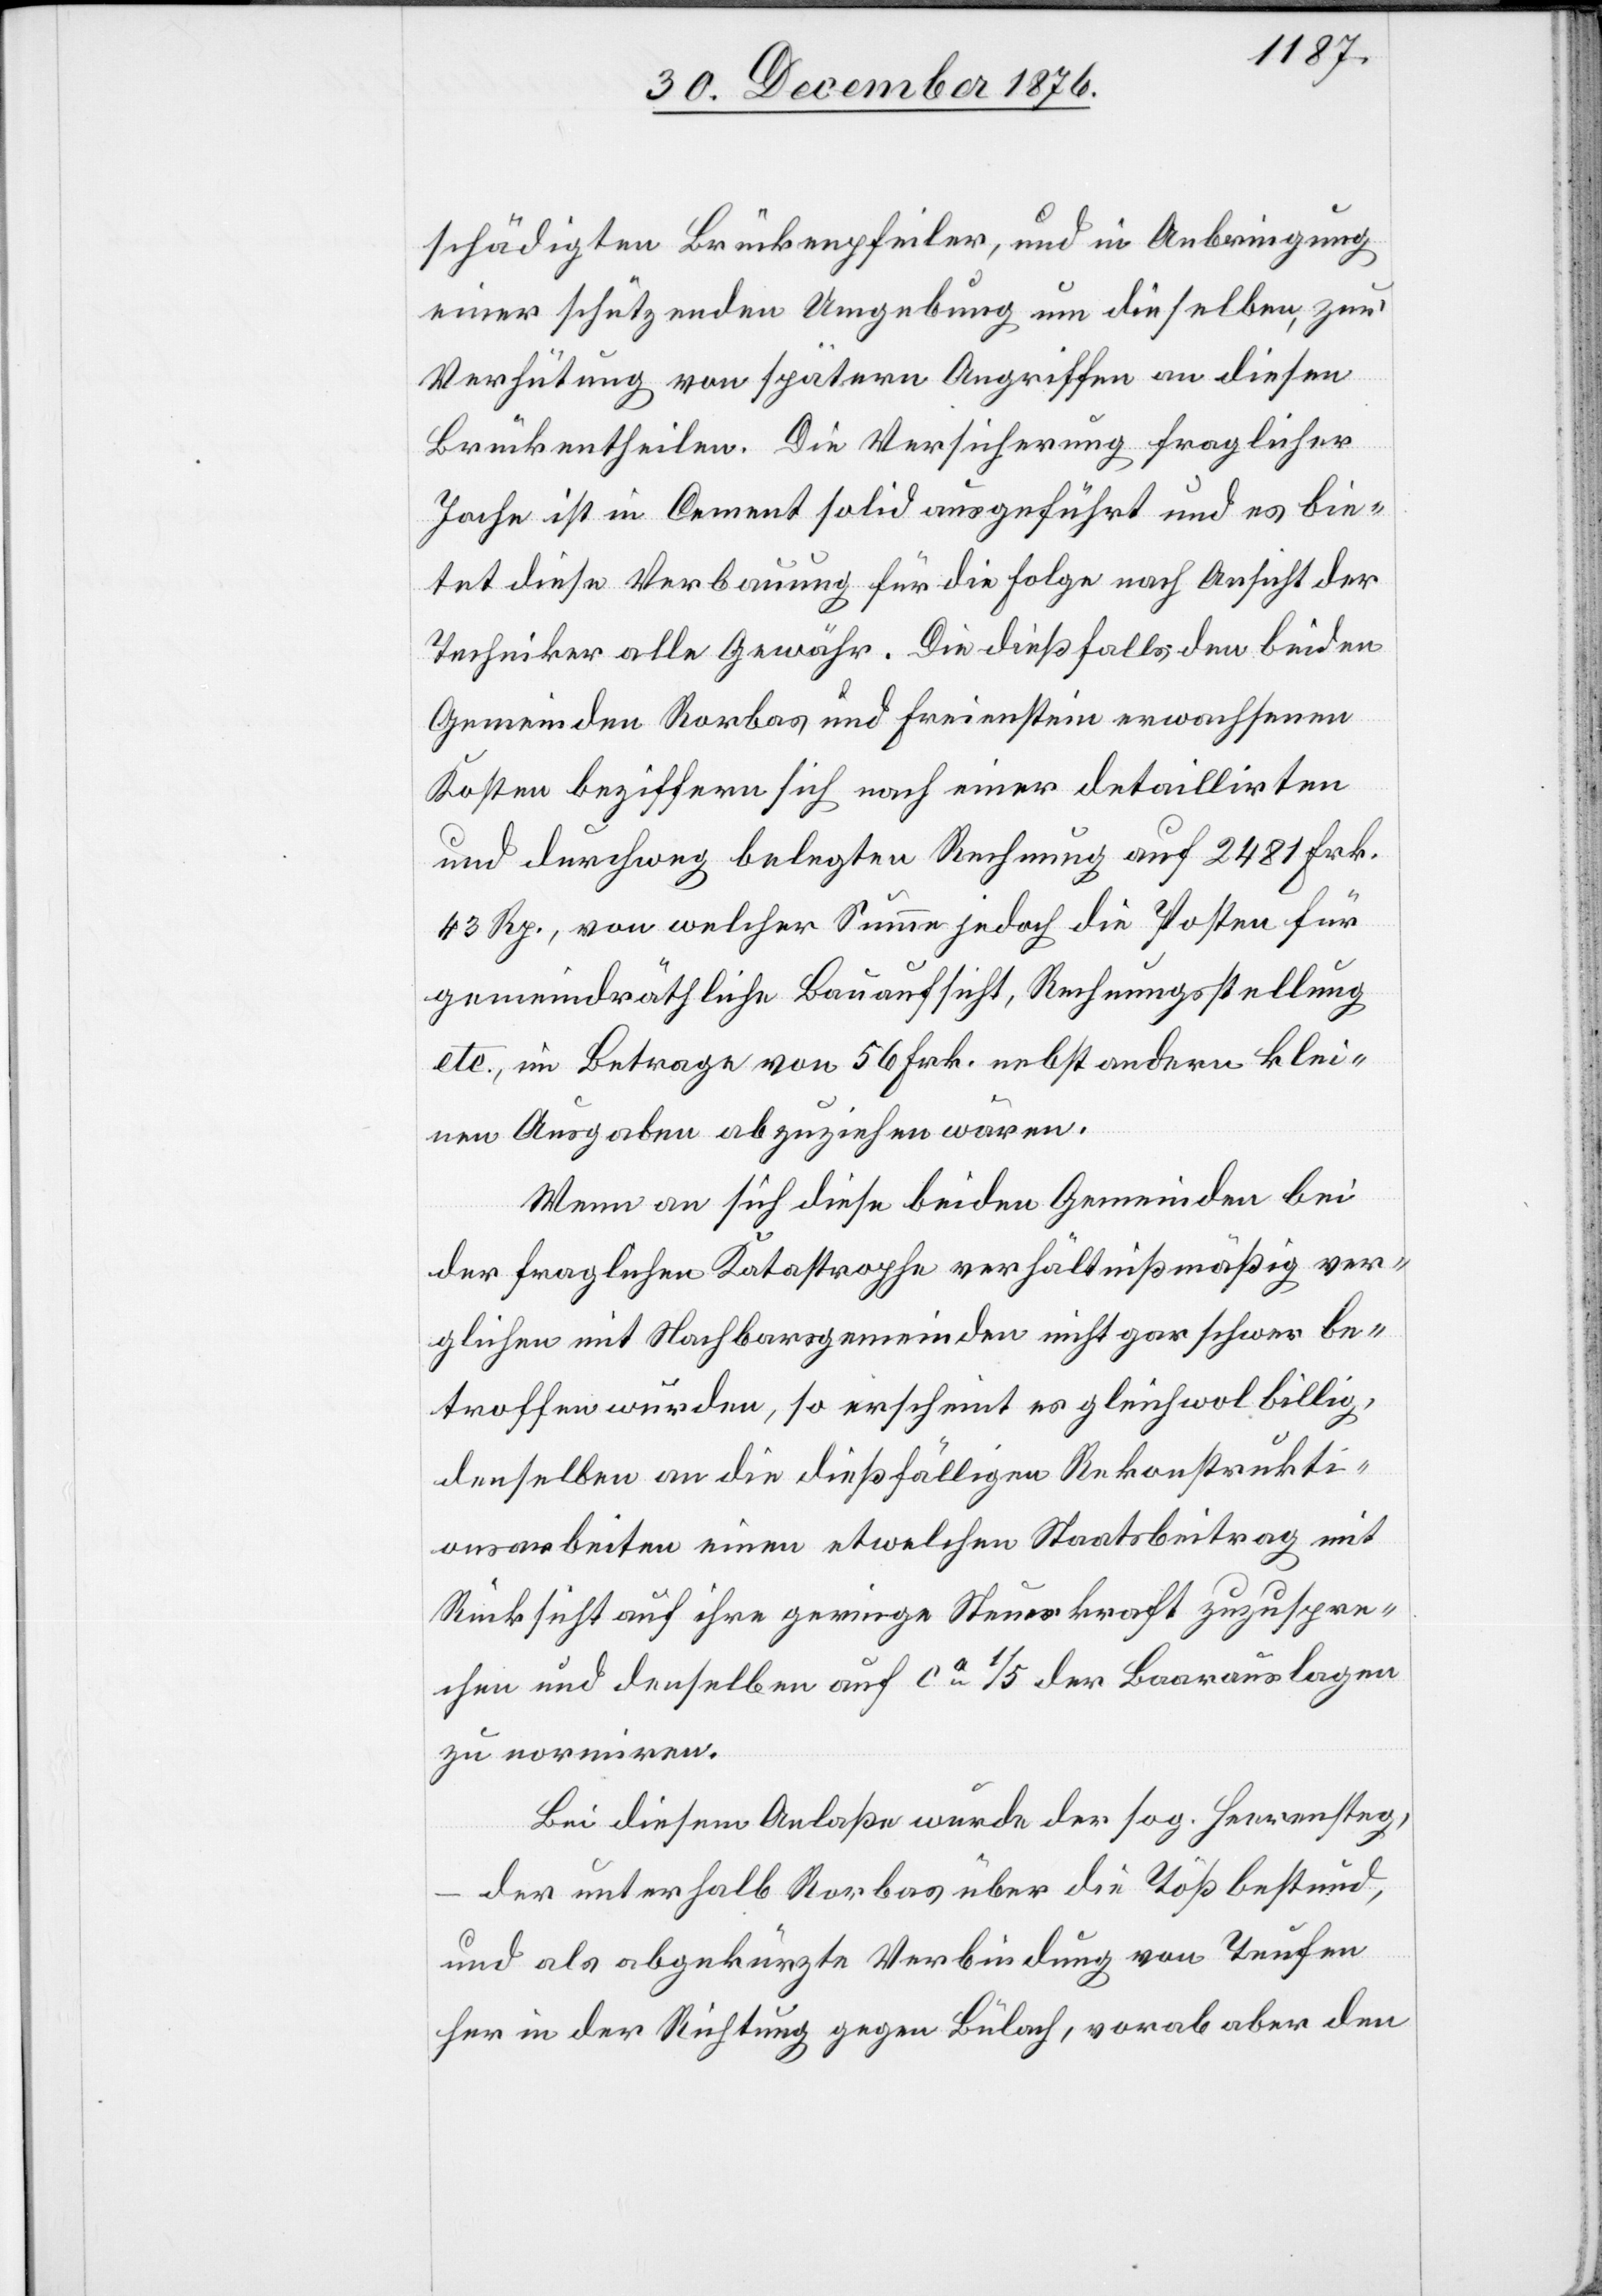
schädigten Brückenpfeiler, und in Anbringung
einer schützenden Umgebung um dieselben, zur
Verhütung von spätern Angriffen an diesen
Brückentheilen. Die Versicherung fraglicher
Joche ist in Cement solid ausgeführt und es bie¬
tet diese Verbauung für die Folge nach Ansicht der
Techniker alle Gewähr. Die dießfalls den beiden
Gemeinden Rorbas und Freienstein erwachsenen
Kosten beziffern sich nach einer detaillirten
und durchweg belegten Rechnung auf 2481 Frk
43 Rp., von welcher Summe jedoch die Posten für
gemeindräthliche Bauaufsicht, Rechnungsstellung
etc., im Betrage von 56 Frk. nebst andern klei¬
nen Ausgaben abzuziehen wären.
Wenn an sich diese beiden Gemeinden bei
der fraglichen Katastrophe verhältnißmäßig ver¬
glichen mit Nachbarsgemeinden nicht gar schwer be¬
troffen wurden, so erscheint es gleichwohl billig,
denselben an die dießfälligen Rekonstrukti¬
onsarbeiten einen etwelchen Staatsbeitrag mit
Rücksicht auf ihre geringe Steuerkraft zuzuspre¬
chen und denselben auf ca 1/5 der Baarauslagen
zu normiren.
Bei diesem Anlaße wurde der sog. Heerensteg,
der unterhalb der Rorbas über die Töß bestund,
und als abgekürzte Verbindung von Teufen
her in der Richtung gegen Bülach, vorab aber den